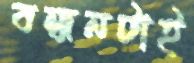
বন্ধনটাই